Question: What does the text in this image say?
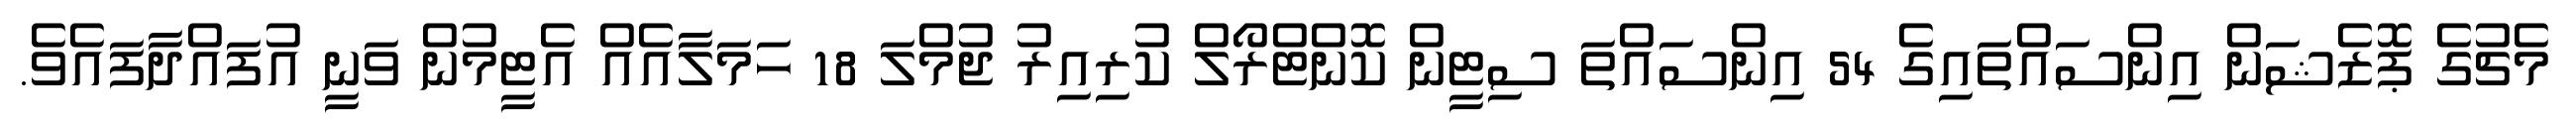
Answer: މެޗުގެ ޕޮޒެޝަން އިންސައްތައިގެ 54 އިންސައްތަ ސިޓީން ކޮންޓްރޯލް ކުރިއިރު ޖުމްލަ 18 ހަމަލާއެއް އެޓީމުން ވަނީ އުފައްދާފައެވެ.